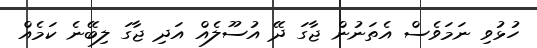
ހުޅުވި ނަމަވެސް އެތަނުން ޖާގަ ދޭ އުސޫލެއް އަދި ޖާގަ ލިބޭނެ ކަމެއް